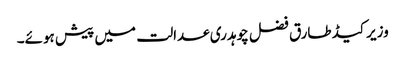
وزیر کیڈ طارق فضل چوہدری عدالت میں پیش ہوئے۔